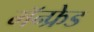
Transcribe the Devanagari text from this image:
मॅन्फ्रेड